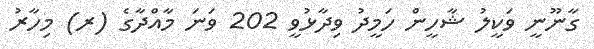
ގާނޫނީ ވަކީލު ޝާހީން ހަމީދު ވިދާޅުވީ 202 ވަނަ މާއްދާގެ (ރ) މިހާރު